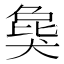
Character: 𤟭